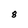
Character: 8